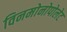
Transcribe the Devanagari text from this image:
विनमोनोपोलेट